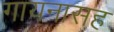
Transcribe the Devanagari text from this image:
गायनासह